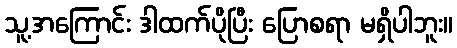
သူ့အကြောင်း ဒါထက်ပိုပြီး ပြောစရာ မရှိပါဘူး။